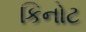
કિનોટ